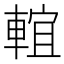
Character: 𨌵